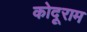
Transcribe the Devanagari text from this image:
कोदूराम